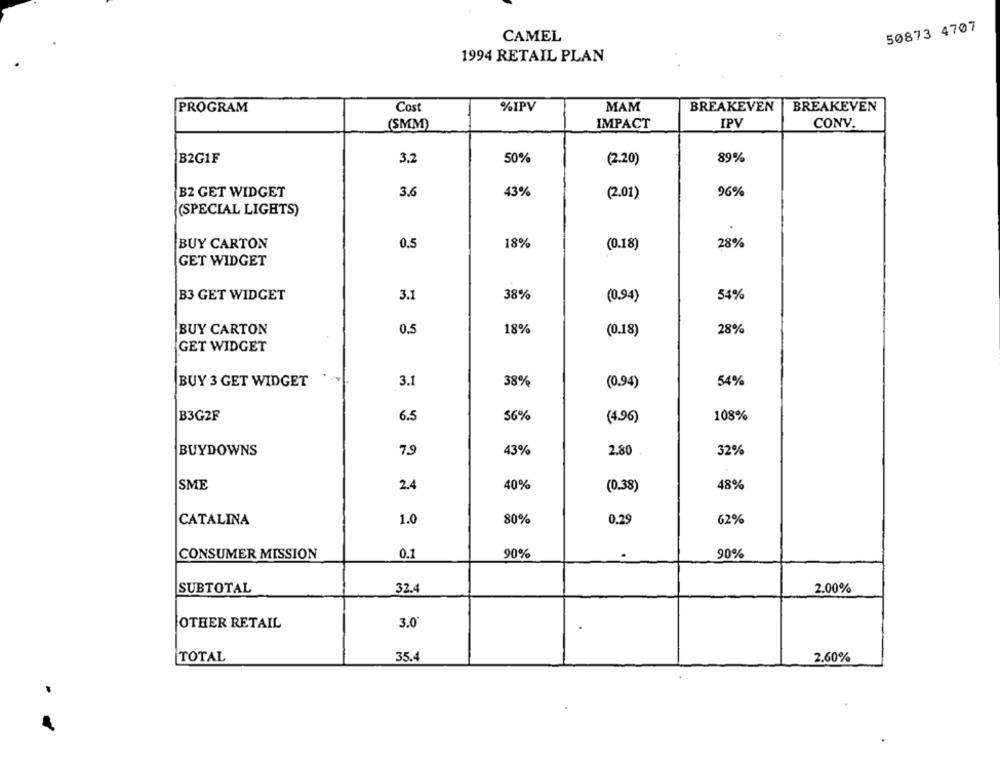
50873 4707
CAMEL
1994 RETAIL PLAN
Cost
%IPV
MAM
BREAKEVEN
BREAKEVEN
PROGRAM
IPV
(SMM)
IMPACT
CONV.
B2G1F
3,2
50%
(2.20)
89%
B2 GET WIDGET
3.6
43%
96%
(2.01)
(SPECIAL LIGHTS)
BUY CARTON
0.5
18%
(0.18)
28%
GET WIDGET
B3 GET WIDGET
3.1
38%
(0,94)
54%
BUY CARTON
0.5
18%
28%
(0.18)
GET WIDGET
BUY 3 GET WIDGET
3.1
38%
54%
(0.94)
B3G2F
6.5
56%
(4.96)
108%
BUYDOWNS
7.9
43%
2.80
32%
40%
SME
2.4
(0.38)
48%
CATALINA
1.0
80%
0.29
62%
CONSUMER MISSION
0.1
90%
.
90%
SUBTOTAL
32.4
2.00%
OTHER RETAIL
3.0
TOTAL
35.4
2.60%